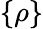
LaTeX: \{ \rho\}